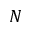
{ \cal N }